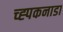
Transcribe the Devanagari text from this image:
च्ह्पकनाडा